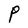
Character: P